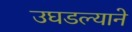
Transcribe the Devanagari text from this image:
उघडल्याने